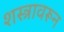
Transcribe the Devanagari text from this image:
शस्त्रावरून